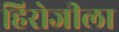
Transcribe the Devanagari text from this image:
हिरोजीला